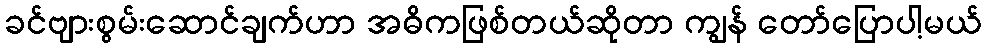
ခင်ဗျားစွမ်းဆောင်ချက်ဟာ အဓိကဖြစ်တယ်ဆိုတာ ကျွန် တော်ပြောပါ့မယ်